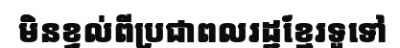
មិនខ្វល់ពីប្រជាពលរដ្ឋខ្មែរទូទៅ